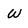
Character: W